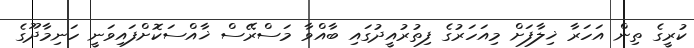
ކުރީގެ ތިން އަހަރާ ޚިލާފަށް މިއަހަރުގެ ފިތުރުއީދުގައި ބާއްވާ މަސްރޭސް ޚާއްސަކޮށްފައިވަނީ ހަނިމާދޫގެ